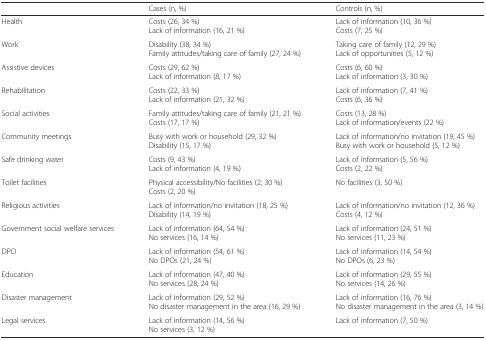
<table><thead><tr><td></td><td><b>Cases (n, %)</b></td><td><b>Controls (n, %)</b></td></tr></thead><tbody><tr><td>Health</td><td>Costs (26, 34 %)Lack of information (16, 21 %)</td><td>Lack of information (10, 36 %)Costs (7, 25 %)</td></tr><tr><td>Work</td><td>Disability (38, 34 %)Family attitudes/taking care of family (27, 24 %)</td><td>Taking care of family (12, 29 %)Lack of opportunities (5, 12 %)</td></tr><tr><td>Assistive devices</td><td>Costs (29, 62 %)Lack of information (8, 17 %)</td><td>Costs (6, 60 %)Lack of information (3, 30 %)</td></tr><tr><td>Rehabilitation</td><td>Costs (22, 33 %)Lack of information (21, 32 %)</td><td>Lack of information (7, 41 %)Costs (6, 36 %)</td></tr><tr><td>Social activities</td><td>Family attitudes/taking care of family (21, 21 %)Costs (17, 17 %)</td><td>Costs (13, 28 %)Lack of information/events (22 %)</td></tr><tr><td>Community meetings</td><td>Busy with work or household (29, 32 %)Disability (15, 17 %)</td><td>Lack of information/no invitation (19, 45 %)Busy with work or household (5, 12 %)</td></tr><tr><td>Safe drinking water</td><td>Costs (9, 43 %)Lack of information (4, 19 %)</td><td>Lack of information (5, 56 %)Costs (2, 22 %)</td></tr><tr><td>Toilet facilities</td><td>Physical accessibility/No facilities (2, 30 %)Costs (2, 20 %)</td><td>No facilities (3, 50 %)</td></tr><tr><td>Religious activities</td><td>Lack of information/no invitation (18, 25 %)Disability (14, 19 %)</td><td>Lack of information/no invitation (12, 36 %)Costs (4, 12 %)</td></tr><tr><td>Government social welfare services</td><td>Lack of information (64, 54 %)No services (16, 14 %)</td><td>Lack of information (24, 51 %)No services (11, 23 %)</td></tr><tr><td>DPO</td><td>Lack of information (54, 61 %)No DPOs (21, 24 %)</td><td>Lack of information (14, 54 %)No DPOs (6, 23 %)</td></tr><tr><td>Education</td><td>Lack of information (47, 40 %)No services (28, 24 %)</td><td>Lack of information (29, 55 %)No services (14, 26 %)</td></tr><tr><td>Disaster management</td><td>Lack of information (29, 52 %)No disaster management in the area (16, 29 %)</td><td>Lack of information (16, 76 %)No disaster management in the area (3, 14 %)</td></tr><tr><td>Legal services</td><td>Lack of information (14, 56 %)No services (3, 12 %)</td><td>Lack of information (7, 50 %)</td></tr></tbody></table>